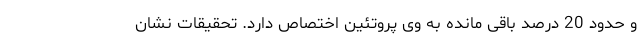
و حدود 20 درصد باقی مانده به وی پروتئین اختصاص دارد. تحقیقات نشان